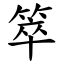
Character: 箤